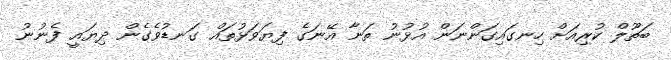
ބަތޫލް ކުރިއަށް ހިނގައިގަންނަން އުޅުނު ތަނާ އޭނަގެ ފިޔަވަޅުތައް ގަނޑުވެގެން ދިޔައީ ފެނުނު